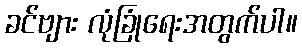
ခင်ဗျား လုံခြုံရေးအတွက်ပါ။